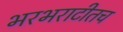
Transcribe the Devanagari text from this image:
भरभराटीतच